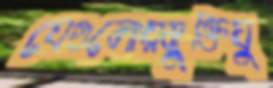
যেগুলোয়মুক্তিযু